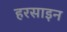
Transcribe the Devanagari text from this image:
हरसाइन